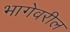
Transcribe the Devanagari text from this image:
भागेवरील